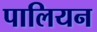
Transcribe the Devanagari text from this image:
पालियन